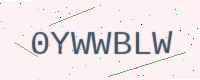
Text: 0YWWBLW